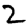
Digit: 2